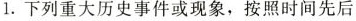
1.下列重大历史事件或现象，按照时间先后